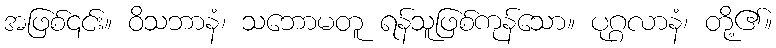
အဖြစ်၎င်း။ ဝိသဘာနံ၊ သဘောမတူ ရန်သူဖြစ်ကုန်သော။ ပုဂ္ဂလာနံ၊ တို့၏။